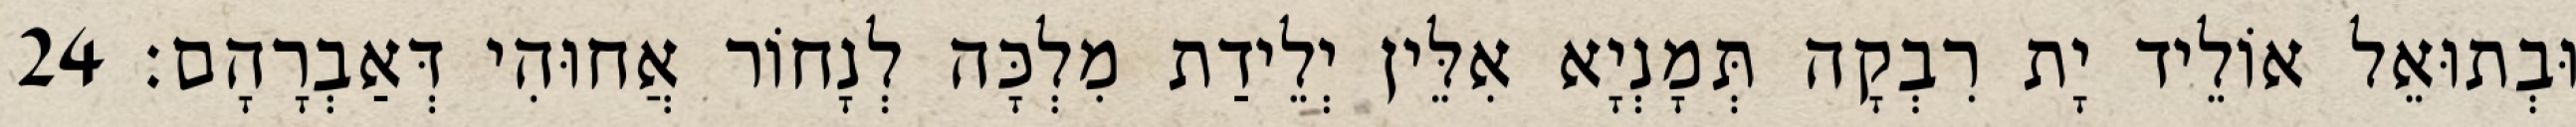
וּבְתוּאֵל אוֹלֵיד יָת רִבְקָה תְּמָנְיָא אִלֵּין יְלֵידַת מִלְכָּה לְנָחוֹר אֲחוּהִי דְּאַבְרָהָם׃ 24